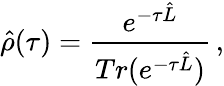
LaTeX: \hat{\rho}(\tau)=\frac{e^{-\tau\hat{L}}}{Tr(e^{-\tau\hat{L}})}\, ,